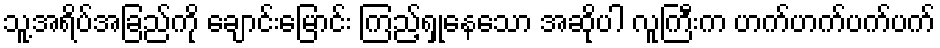
သူ့အရိပ်အခြည်ကို ချောင်းမြောင်း ကြည့်ရှုနေသော အဆိုပါ လူကြီးက ဟက်ဟက်ပက်ပက်